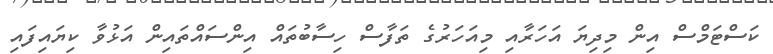
ކަސްޓަމްސް އިން މިދިޔަ އަހަރާއި މިއަހަރުގެ ތަފާސް ހިސާބުތައް އިންސައްތައިން އަޅުވާ ކިޔައިފައި